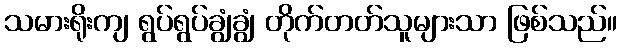
သမားရိုးကျ ရွပ်ရွပ်ချွံချွံ တိုက်တတ်သူများသာ ဖြစ်သည်။